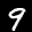
Label: 9